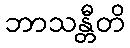
ဘာသန္တီတိ